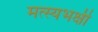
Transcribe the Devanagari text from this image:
मत्स्यभक्षी